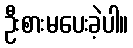
ဦးစားမပေးခဲ့ပါ။